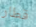
قطار